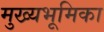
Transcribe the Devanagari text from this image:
मुख्यभूमिका